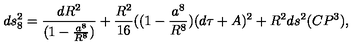
d s _ { 8 } ^ { 2 } = \frac { d R ^ { 2 } } { ( 1 - \frac { a ^ { 8 } } { R ^ { 8 } } ) } + \frac { R ^ { 2 } } { 1 6 } ( ( 1 - \frac { a ^ { 8 } } { R ^ { 8 } } ) ( d \tau + A ) ^ { 2 } + R ^ { 2 } d s ^ { 2 } ( C P ^ { 3 } ) ,